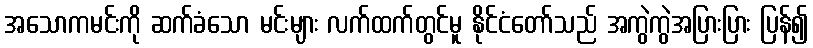
အသောကမင်းကို ဆက်ခံသော မင်းများ လက်ထက်တွင်မူ နိုင်ငံတော်သည် အကွဲကွဲအပြားပြား ပြန်၍